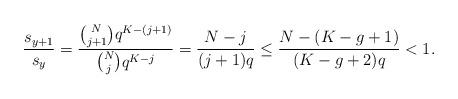
LaTeX: \begin{align*}\dfrac{s_{y + 1}}{s_{y}} & = \dfrac{\binom{N}{j + 1} q^{K - (j + 1)}}{\binom{N}{j} q^{K - j}} = \dfrac{N - j}{(j + 1) q} \le \dfrac{N - (K - g + 1)}{(K - g + 2) q} < 1.\end{align*}